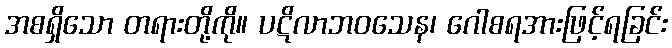
အစရှိသော တရားတို့ကို။ ပဋိလာဘဝသေန၊ ဂေါစရအားဖြင့်ရခြင်း